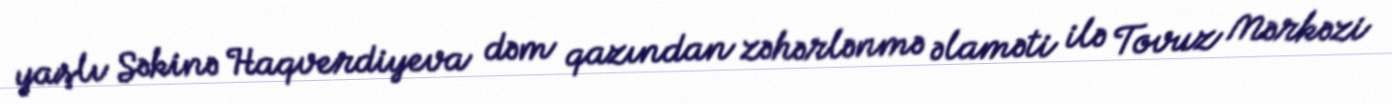
yaşlı Səkinə Haqverdiyeva dəm qazından zəhərlənmə əlaməti ilə Tovuz Mərkəzi